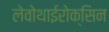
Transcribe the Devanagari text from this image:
लेवोथाईरोक्सिन